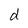
Character: d